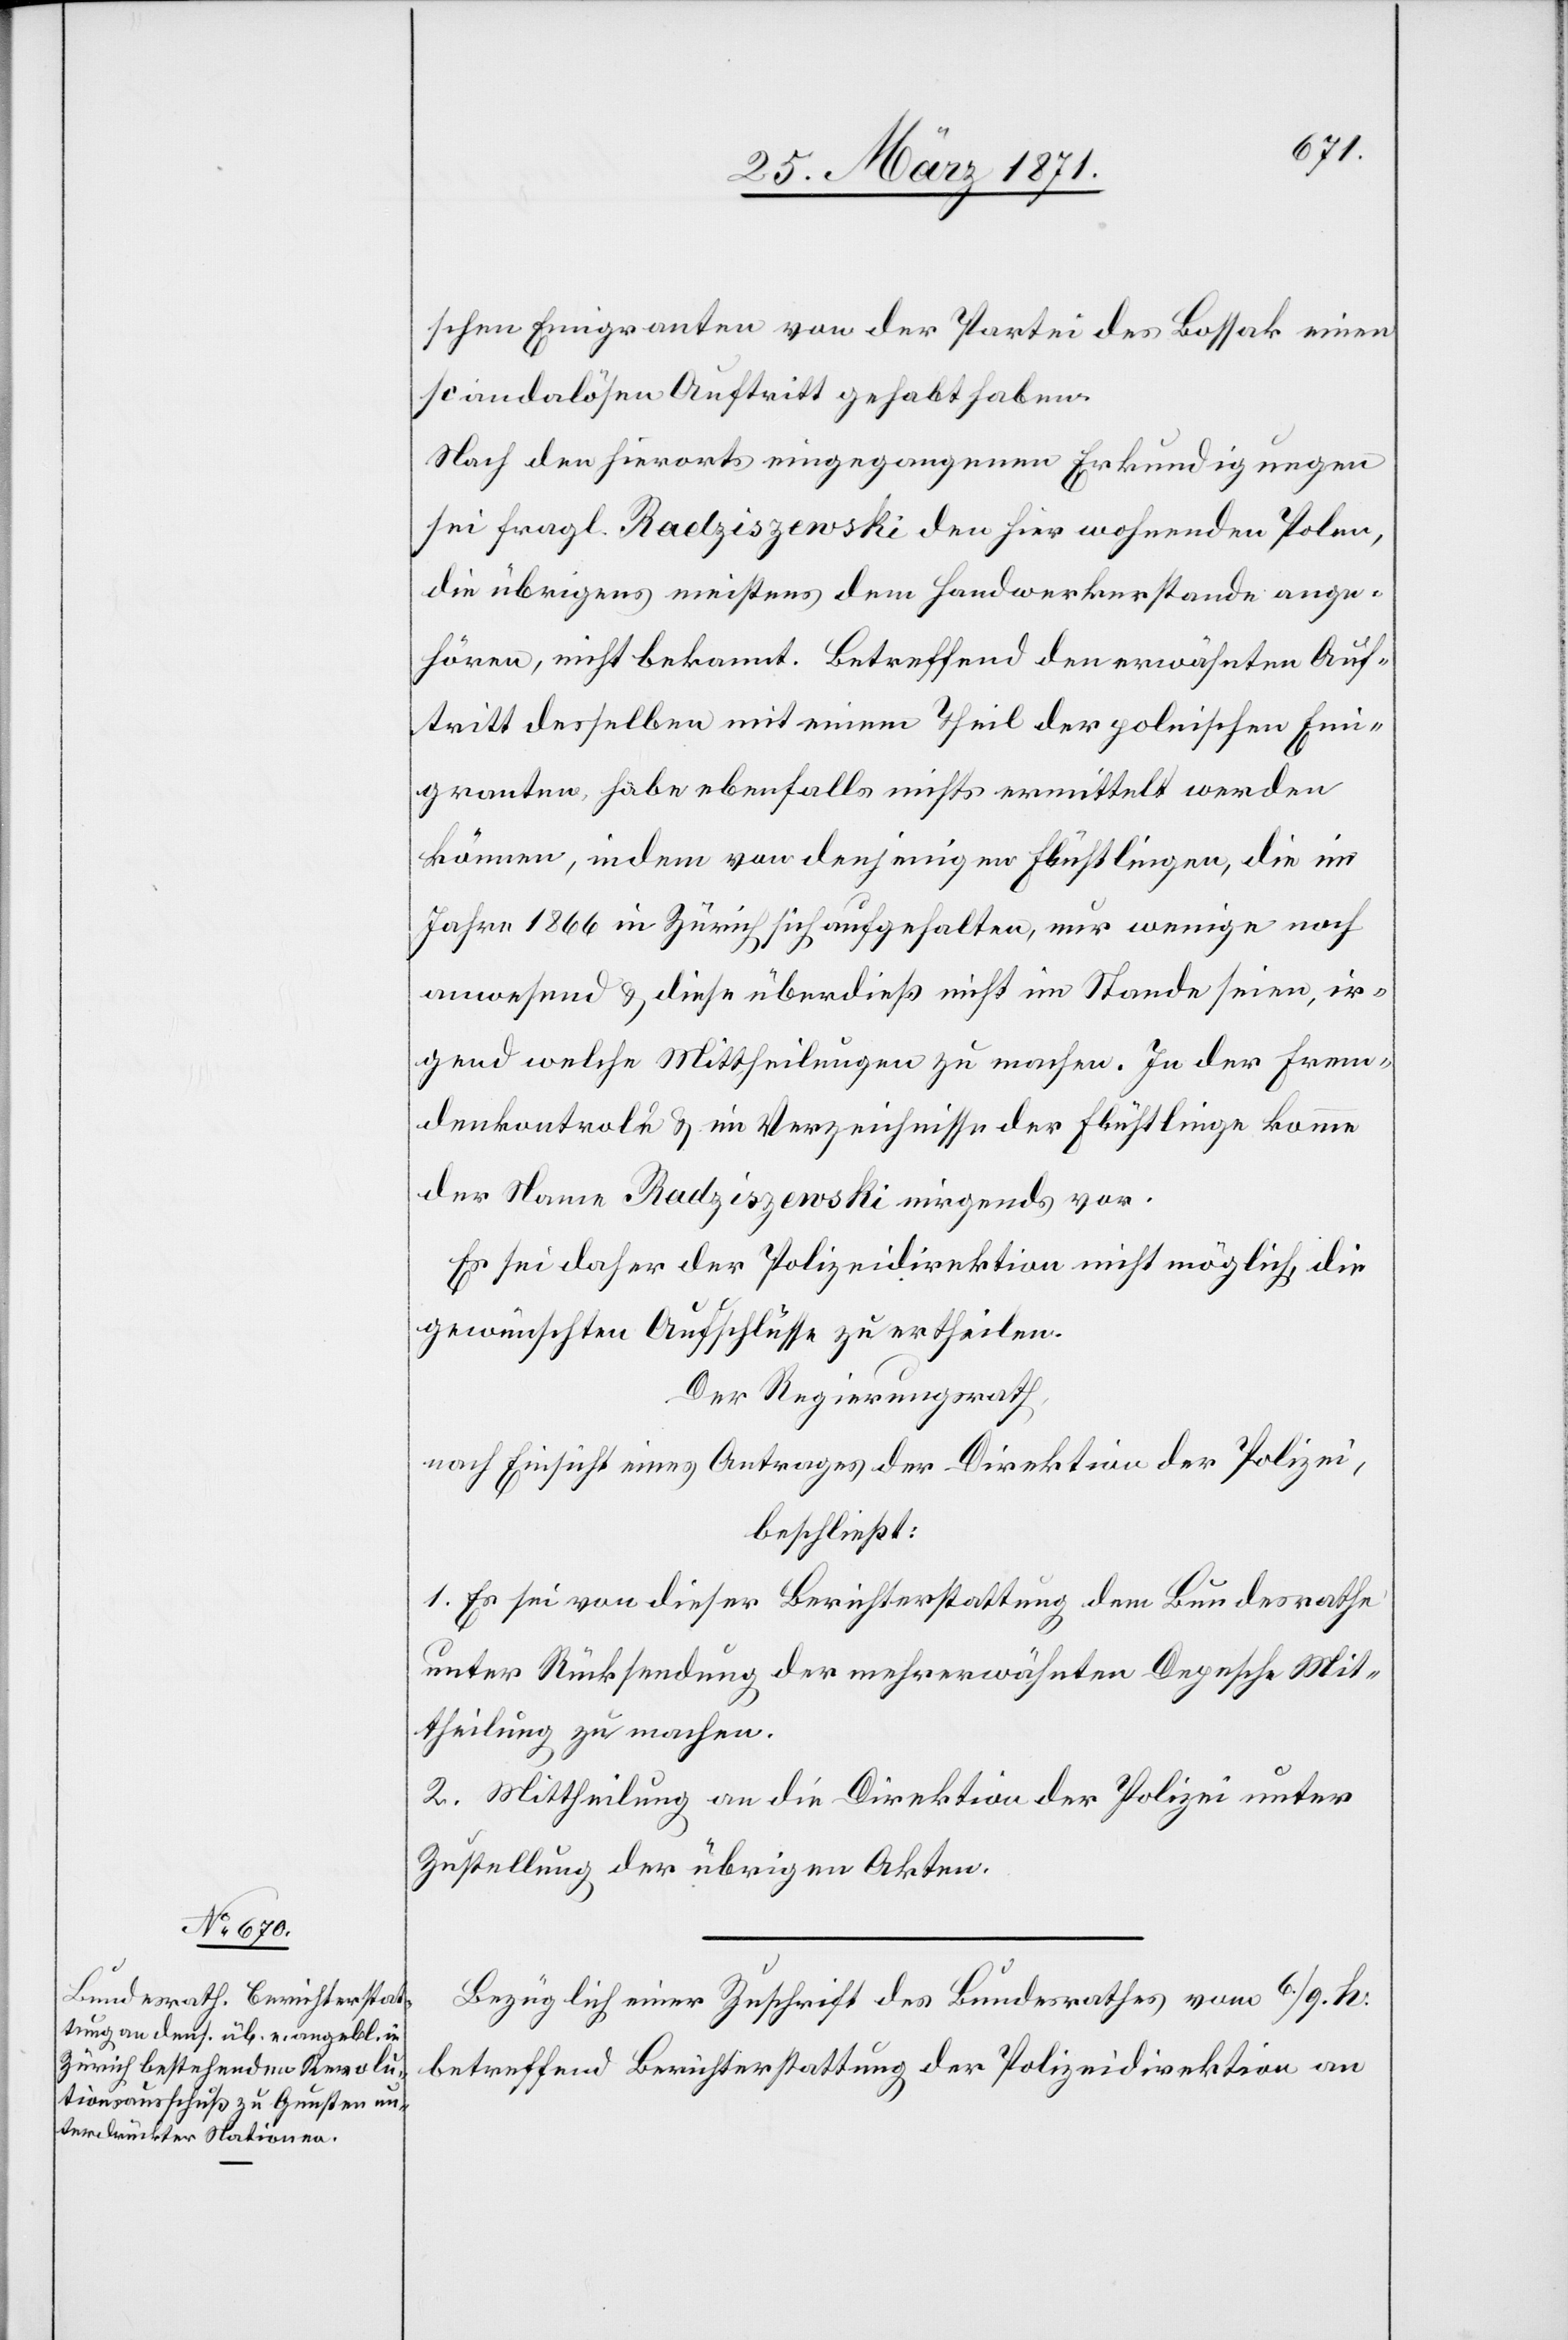
schen Emigranten von der Partei des Bossak einen
scandalösen Auftritt gehabt haben.
Nach den hierorts eingegangenen Erkundigungen
sei fragl. Radziszewski den hier wohnenden Polen,
die übrigens meistens dem Handwerkerstande ange¬
hören, nicht bekannt. Betreffend den erwähnten Auf¬
tritt desselben mit einem Theil der polnischen Emi¬
granten, habe ebenfalls nichts ermittelt werden
können, indem von denjenigen Flüchtlingen, die im
Jahr 1866 in Zürich sich aufgehalten, nur wenige noch
anwesend u. diese überdieß nicht im Stande seien, ir¬
gend welche Mittheilungen zu machen. In der Frem¬
denkontrole u. im Verzeichnisse der Flüchtlinge komme
der Name Radziszewski nirgends vor.
Es sei daher der Polizeidirektion nicht möglich, die
gewünschten Aufschlüsse zu ertheilen.
Der Regierungsrath,
nach Einsicht eines Antrages der Direktion der Polizei,
beschließt:
1. Es sei von dieser Berichterstattung dem Bundesrathe
unter Rücksendung der mehrerwähnten Depesche Mit¬
theilung zu machen.
2. Mittheilung an die Direktion der Polizei unter
Zustellung der übrigen Akten.
Bezüglich einer Zuschrift des Bundesrathes vom 6. / 9. h:
betreffend Berichterstattung der Polizeidirektion an